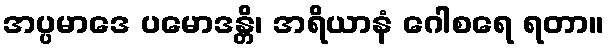
အပ္ပမာဒေ ပမောဒန္တိ၊ အရိယာနံ ဂေါစရေ ရတာ။